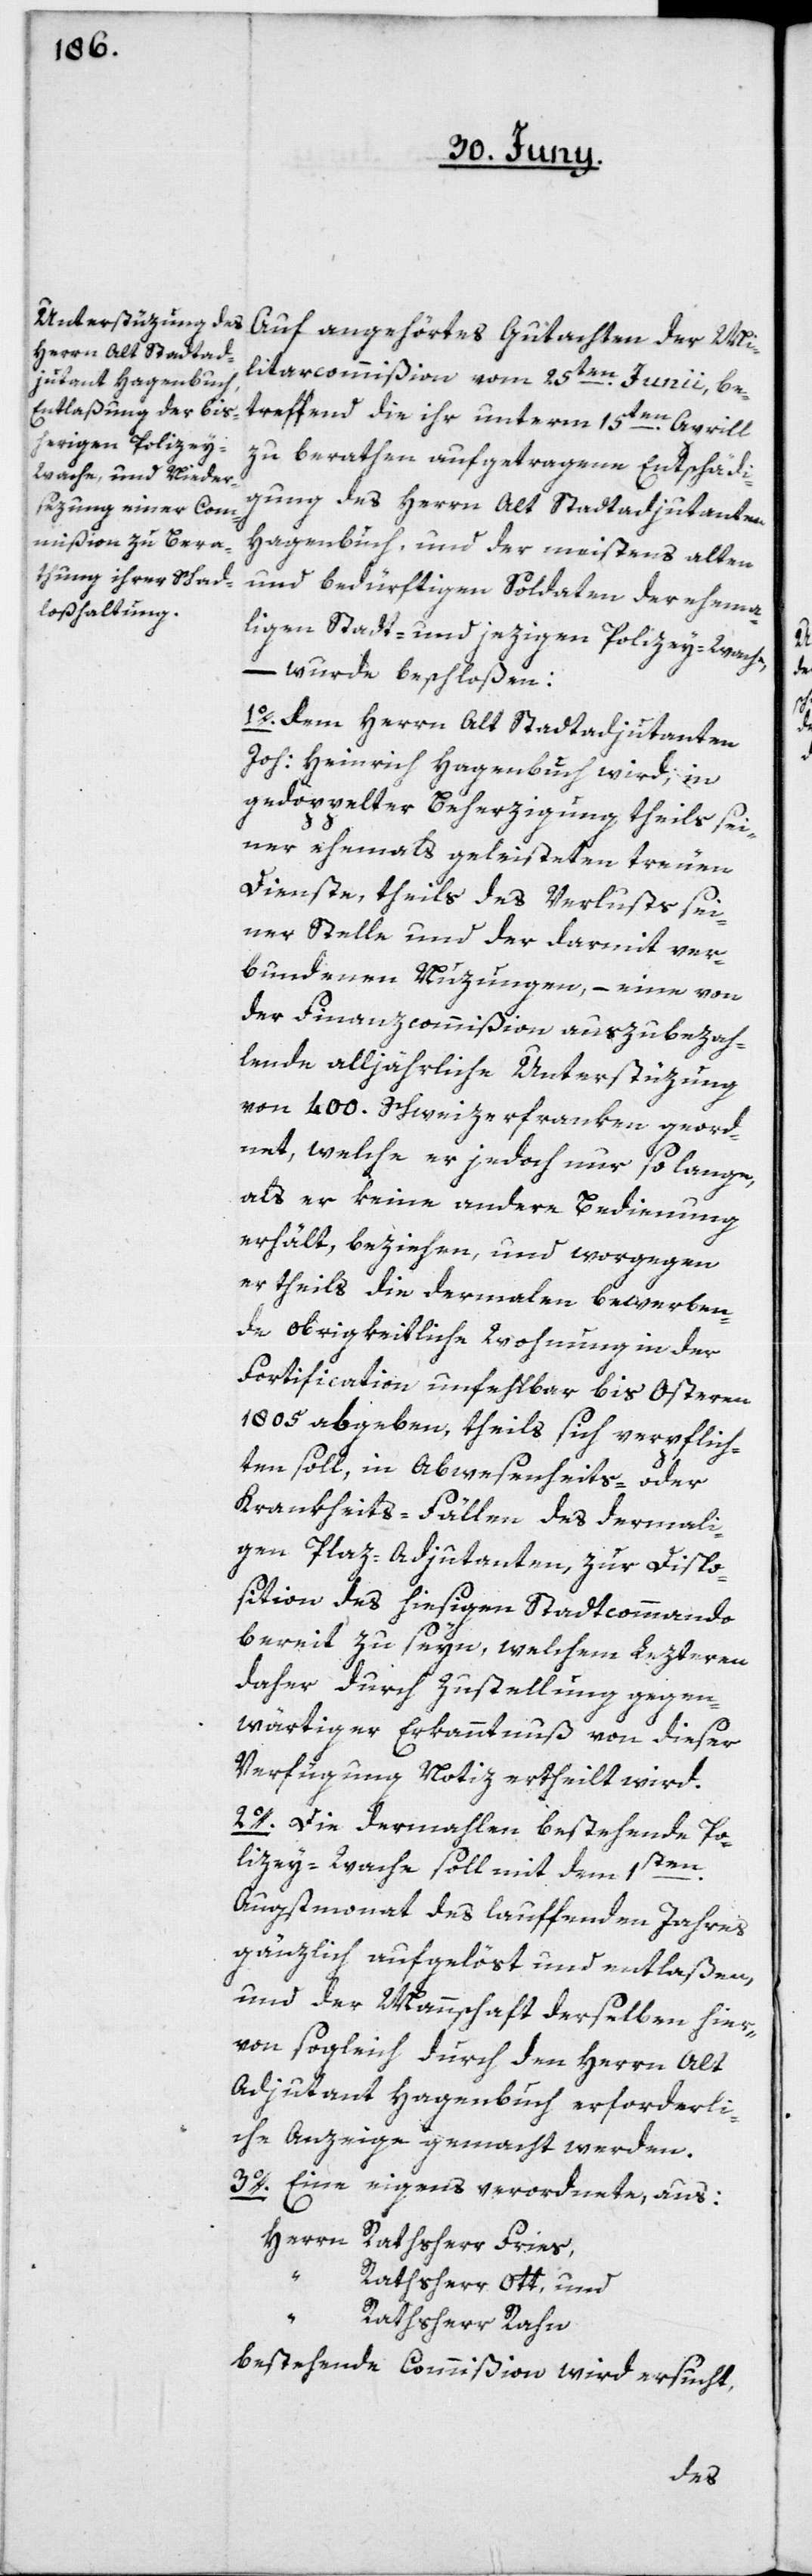
Auf angehörtes Gutachten der Mi¬
litarcommißion vom 25ten Junii, be¬
treffend die ihr unterm 15ten Aprill
zu berathen aufgetragene Entschädi¬
gung des Herrn Alt Stadtadjudanten
Hagenbuch, und der meistens alten
und bedürftigen Soldaten der ehema¬
ligen Stadt- und jezigen Polizey-Wache,
– wurde beschloßen:
1o. dem Herrn Alt Stadtadjudanten
Joh: Heinrich Hagenbuch wird, in
gedoppelter Beherzigung theils sei¬
ner ehemals geleisteten treuen
Dienste, theils des Verlusts sei¬
ner Stelle und der darmit ver¬
bundenen Nuzungen, – eine von
der Finanzcommißion auszubezah¬
lende alljährliche Unterstüzung
von 400. Schweizerfranken geord¬
net, welche er jedoch nur so lange,
als er keine andere Bedienung
erhält, beziehen und worgegen
er theils die dermalen bewerben¬
de obrigkeitliche Wohnung in der
Fortification unfehlbar bis Osteren
1805 abgeben, theils sich verpflich¬
ten soll, in Abwesenheits- oder
Krankheits-Fällen des dermali¬
gen Plaz-Adjudanten, zur Dispo¬
sition des hiesigen Stadtcommando
bereit zu seyn, welchem Lezteren
daher durch Zustellung gegen¬
wärtiger Erkanntnuß von dieser
Verfügung Notiz ertheilt wird.
2o. Die dermahlen bestehende Po¬
1sten
lizey-Wache soll mit dem
Augstmonat des lauffenden Jahres
gänzlich aufgelöst und entlaßen,
und der Mannschaft derselben hier¬
von sogleich durch den Herrn Alt
Adjudant Hagenbuch erforderli¬
che Anzeige gemacht werden.
3o. Eine eigens verordnete, aus:
RAthsherr Ott, und
Rathsherr Rahn
bestehende Commißion wird ersucht,